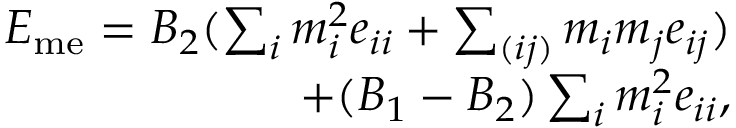
\begin{array} { r } { E _ { \mathrm { m e } } = B _ { 2 } ( \sum _ { i } m _ { i } ^ { 2 } e _ { i i } + \sum _ { ( i j ) } m _ { i } m _ { j } e _ { i j } ) } \\ { + ( B _ { 1 } - B _ { 2 } ) \sum _ { i } m _ { i } ^ { 2 } e _ { i i } , } \end{array}